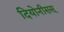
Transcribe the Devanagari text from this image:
दियोनीसस्